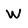
Character: W